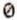
0